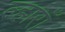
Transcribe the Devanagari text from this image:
ल्हाराँ